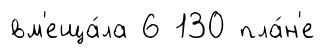
вм'еща́ла 6 130 пла́н'е